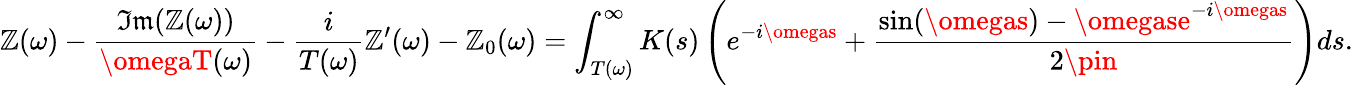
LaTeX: \mathbb{Z}(\omega)-\frac{{\mathfrak{{Im}}(\mathbb{Z}(\omega))}}{{\omegaT(\omega)}}-\frac{{i}}{{T(\omega)}}\mathbb{Z}^{\prime}(\omega)-\mathbb{Z}_{0}(\omega)=\int_{T(\omega)}^{\infty}K(s)\left(e^{-i\omegas}+\frac{{\sin(\omegas)-\omegase^{-i\omegas}}}{{2\pin}}\right)ds.